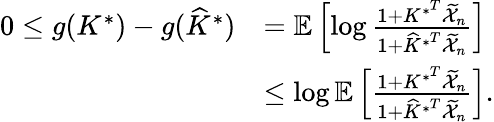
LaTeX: \begin{array}{rl}{0\leq g(K^{*})-g(\widehat{K}^{*})}&{=\mathbb{E}\left[\log\frac{1+K^{*^{T}}\widetilde{\mathcal{X}}_{n}}{1+\widehat{K}^{*^{T}}\widetilde{\mathcal{X}}_{n}}\right]}\\ &{\leq\log\mathbb{E}\left[\frac{1+K^{*^{T}}\widetilde{\mathcal{X}}_{n}}{1+\widehat{K}^{*^{T}}\widetilde{\mathcal{X}}_{n}}\right].}\end{array}